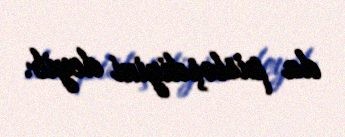
da pisləşdiyini deyib.